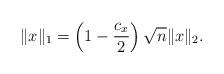
LaTeX: \begin{align*}\|x\|_1=\left(1-\frac{c_x}{2}\right) \sqrt{n} \|x\|_2.\end{align*}